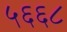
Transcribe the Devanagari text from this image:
५६६८